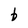
Character: b